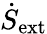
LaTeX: \dot{S}_{\mathrm{ext}}